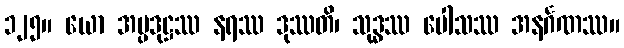
၁၂၅။ ယော အပ္ပဒုဋ္ဌဿ နရဿ ဒုဿတိ၊ သုဒ္ဓဿ ပေါသဿ အနင်္ဂဏဿ။